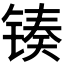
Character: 𬭟